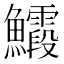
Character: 𮬙